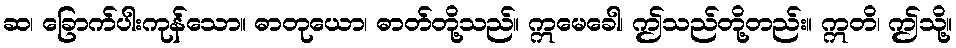
ဆ၊ ခြောက်ပါးကုန်သော။ ဓာတုယော၊ ဓာတ်တို့သည်။ ဣမေခေါ၊ ဤသည်တို့တည်း။ ဣတိ၊ ဤသို့။